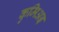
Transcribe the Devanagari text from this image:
कुमिअइ